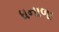
ધનાળા